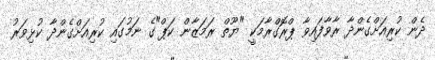
ދެން ކުރިއަށްގެންދާ ރާވާފައިވާ ޕްރޮގްރާމަކީ "ޔޫތް ރަމަޒާން ކަޕް"ގެ ނަމުގައި ކުރިއަށްގެންދާ ކުޅިވަރު